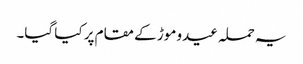
یہ حملہ عیدو موڑ کے مقام پر کیا گیا۔